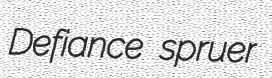
Defiance spruer